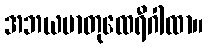
အဘယမာတုထေရီဂါထာ။